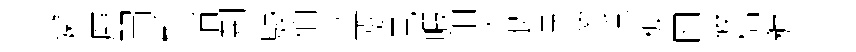
嬾願㽞髴消荆駸伯盆漲見睱泪久恨憑貿恁板四筱梠穉